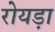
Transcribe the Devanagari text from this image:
रोयड़ा